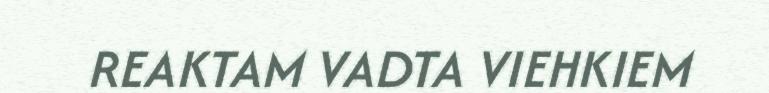
REAKTAM VADTA VIEHKIEM